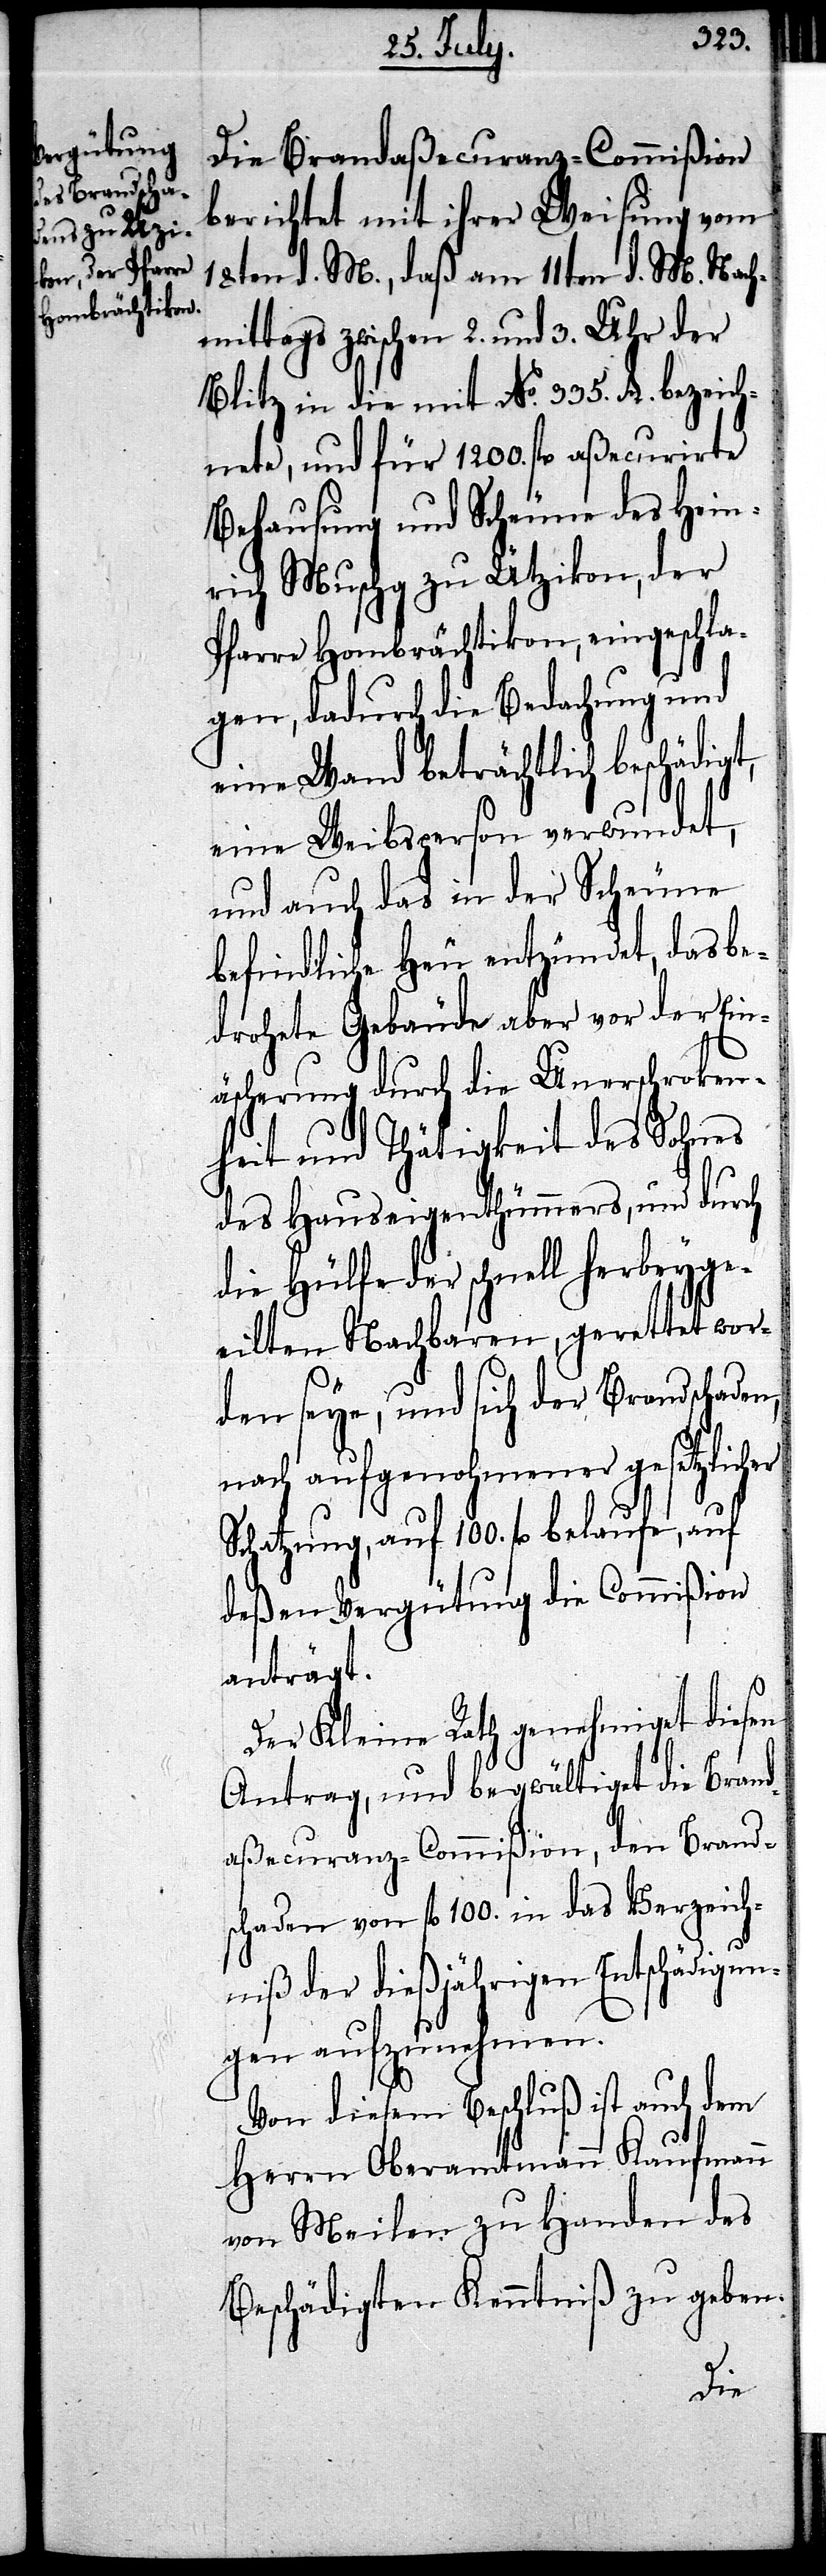
Die Brandaßecuranz-Commißion
berichtet mit ihrer Weisung vom
18ten d. M., daß am 11ten d. M. Nach¬
mittags zwischen 2. und 3. Uhr der
Blitz in die mit No. 335. A. bezeich¬
nete, und für 1200. fl. aßecurirte
Behausung und Scheune des Hein¬
rich Muschg zu Ützikon, der
Pfarre Hombrächtikon, eingeschla¬
gen, dadurch die Bedachung und
eine Wand beträchtlich beschäd¬
eine Weibsperson verwundet,
und auch das in der Scheune
befindliche Heu entzündet, das be¬
drohete Gebäude aber vor der Ein¬
äscherung durch die Unerschroken¬
heit und Thätigkeit des Sohnes
des Hauseigenthümmers, und durch
die Hülfe der schnell herbeyge¬
eilten Nachbaren, gerettet wor¬
den seye, und sich der Brandschaden,
nach aufgenohmener gesetzlicher
Schatzung, auf 100. fl. belaufe, auf
deßen Vergütung die Commißion
anträgt.
Der Kleine Rath genehmiget diesen
Antrag, und begwältiget die Brand¬
aßecuranz-Commißion, den Brands¬
chaden von fl. 100. in das Verzeich¬
niß der dießjährigen Entschädigun¬
gen aufzunehmen.
Von diesem Beschluß ist auch dem
Herrn Oberamtmann Kaufmann
von Meilen zu Handen des
Beschädigten Kenntniß zu geben.
igt,